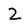
Character: 2